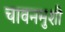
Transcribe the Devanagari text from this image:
चावनमुशी